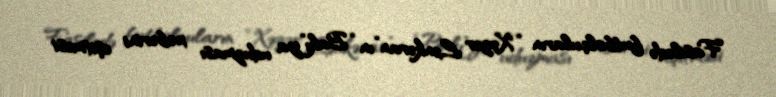
Fasilədə futbolçuların “Xəzər Lənkəran”ın “Bakı”ya uduzması xəbərini eşitməsi